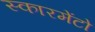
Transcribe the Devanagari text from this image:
स्कारमेंटो